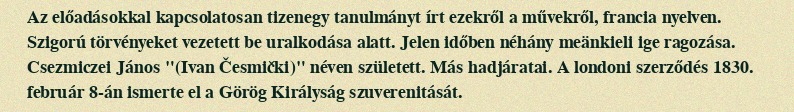
Az előadásokkal kapcsolatosan tizenegy tanulmányt írt ezekről a művekről, francia nyelven. Szigorú törvényeket vezetett be uralkodása alatt. Jelen időben néhány meänkieli ige ragozása. Csezmiczei János "(Ivan Česmički)" néven született. Más hadjáratai. A londoni szerződés 1830. február 8-án ismerte el a Görög Királyság szuverenitását.